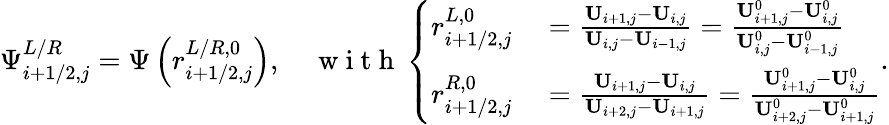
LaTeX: \Psi_{i+1/2,j}^{L/R}=\Psi\left(r_{i+1/2,j}^{L/R,0}\right),\quad\mathrm{~w~i~t~h~}\left\{ \begin{array}{rl}{r_{i+1/2,j}^{L,0}}&{{}=\frac{\mathbf{U}_{i+1,j}-\mathbf{U}_{i,j}}{\mathbf{U}_{i,j}-\mathbf{U}_{i-1,j}}=\frac{\mathbf{U}_{i+1,j}^{0}-\mathbf{U}_{i,j}^{0}}{\mathbf{U}_{i,j}^{0}-\mathbf{U}_{i-1,j}^{0}}}\\ {r_{i+1/2,j}^{R,0}}&{{}=\frac{\mathbf{U}_{i+1,j}-\mathbf{U}_{i,j}}{\mathbf{U}_{i+2,j}-\mathbf{U}_{i+1,j}}=\frac{\mathbf{U}_{i+1,j}^{0}-\mathbf{U}_{i,j}^{0}}{\mathbf{U}_{i+2,j}^{0}-\mathbf{U}_{i+1,j}^{0}}}\end{array}\right..